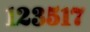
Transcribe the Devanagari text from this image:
१२३५१७